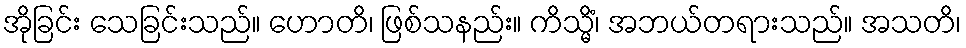
အိုခြင်း သေခြင်းသည်။ ဟောတိ၊ ဖြစ်သနည်း။ ကိသ္မိံ၊ အဘယ်တရားသည်။ အသတိ၊